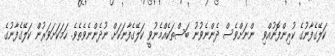
ކަލޭގެފާނުގެ ކުރިންފޮނުއްވި  ންނަށްވެސް ދެންނެވުނު ބަސްތަކެއްމެނުވީ ކަލޭގެފާނަކަށް ނުދެންނެވެތެވެ. ހަމަކަށަވަރުން ކަލޭގެފާނުގެ